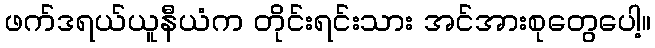
ဖက်ဒရယ်ယူနီယံက တိုင်းရင်းသား အင်အားစုတွေပေါ့။